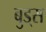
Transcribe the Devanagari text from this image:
बुड्‌स